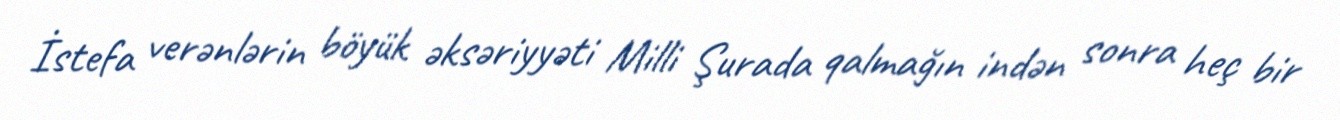
İstefa verənlərin böyük əksəriyyəti Milli Şurada qalmağın indən sonra heç bir